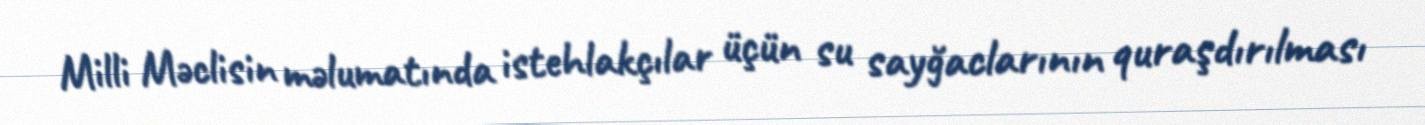
Milli Məclisin məlumatında istehlakçılar üçün su sayğaclarının quraşdırılması